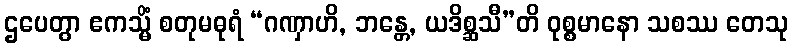
ဌပေတွာ ဧကသ္မိံ စတုမဓုရံ “ဂဏှာဟိ, ဘန္တေ, ယဒိစ္ဆသီ”တိ ဝုစ္စမာနော သစဿ တေသု